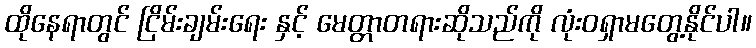
ထိုနေရာတွင် ငြိမ်းချမ်းရေး နှင့် မေတ္တာတရားဆိုသည်ကို လုံးဝရှာမတွေ့နိုင်ပါ။